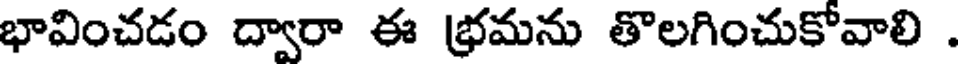
భావించడం ద్వారా ఈ భ్రమను తొలగించుకోవాలి .